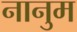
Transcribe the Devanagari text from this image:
नानुम